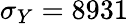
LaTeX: \sigma_{Y}=8931